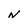
Character: N